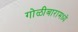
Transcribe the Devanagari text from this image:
गोळीबारामध्ये